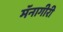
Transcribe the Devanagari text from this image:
मॅनागीरी